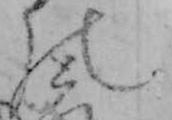
の